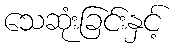
သေဆုံးခြင်းနှင့်